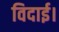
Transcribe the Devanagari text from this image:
विदाई।